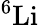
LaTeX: ^{6}\mathrm{Li}